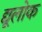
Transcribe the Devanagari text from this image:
द्यूलोक